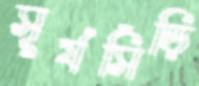
সূর্যসিঁড়ি